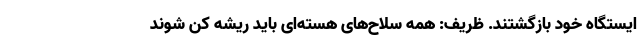
ایستگاه خود بازگشتند. ظریف: همه سلاح‌های هسته‌ای باید ریشه کن شوند